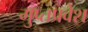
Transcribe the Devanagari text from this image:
गुप्तप्रवेश